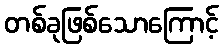
တစ်ခုဖြစ်သောကြောင့်